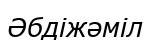
Әбдіжәміл